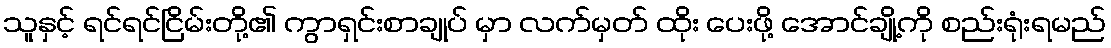
သူနှင့် ရင်ရင်ငြိမ်းတို့၏ ကွာရှင်းစာချုပ် မှာ လက်မှတ် ထိုး ပေးဖို့ အောင်ချို့ကို စည်းရုံးရမည်